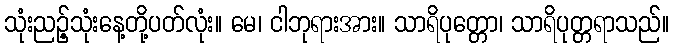
သုံးညဉ့်သုံးနေ့တို့ပတ်လုံး။ မေ၊ ငါဘုရားအား။ သာရိပုတ္တော၊ သာရိပုတ္တရာသည်။